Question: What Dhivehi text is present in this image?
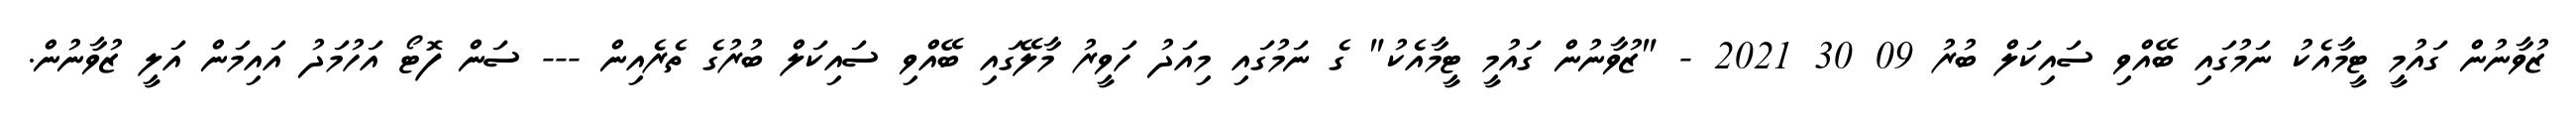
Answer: ޒުވާނުން ގައުމީ ޓީމާއެކު ނަމުގައި ބޭއްވި ސައިކަލް ބުރު 09 30 2021 - "ޒުވާނުން ގައުމީ ޓީމާއެކު" ގެ ނަމުގައި މިއަދު ހަވީރު މާލޭގައި ބޭއްވި ސައިކަލް ބުރުގެ ތެރެއިން --- ސަން ފޮޓޯ އަހުމަދު އައިމަން އަލީ ޒުވާނުން.